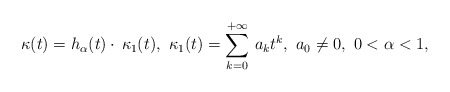
\begin{align*}\kappa(t) = h_{\alpha}(t) \cdot \, \kappa_1(t),\ \kappa_1(t)=\sum_{k=0}^{+\infty}\, a_k t^k, \ a_0 \not = 0,\ 0<\alpha <1,\end{align*}